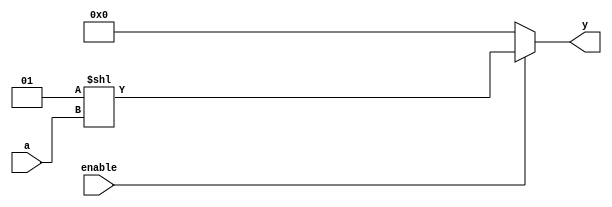
module decoder_nbit
  #(parameter N=3)
  (
    input [N-1:0] a,
    input enable,
    output reg [2**N-1:0] y
  );
  
  always @(*) begin
    if (enable==0)
      y=0;
    else 
      y=(1<<a);
  end 
endmodule